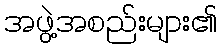
အဖွဲ့အစည်းများ၏